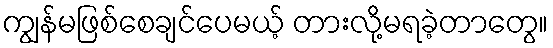
ကျွန်မဖြစ်စေချင်ပေမယ့် တားလို့မရခဲ့တာတွေ။